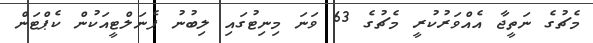
މެޗުގެ ނަތީޖާ އެއްވަރުކުރީ މެޗުގެ 63 ވަނަ މިނިޓުގައި ލިބުނު ޕެނަލްޓީއަކުން ކެޕްޓަން